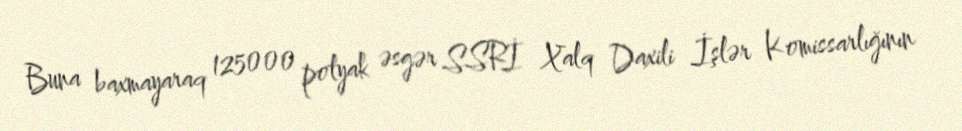
Buna baxmayaraq 125000 polyak əsgər SSRİ Xalq Daxili İşlər Komissarlığının